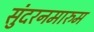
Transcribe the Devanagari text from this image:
सुंदरनमारुम